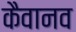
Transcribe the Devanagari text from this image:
कैवानव